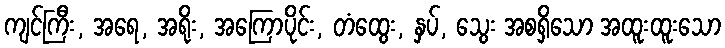
ကျင်ကြီး, အရေ, အရိုး, အကြောပိုင်း, တံထွေး, နှပ်, သွေး အစရှိသော အထူးထူးသော